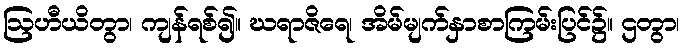
ဩဟီယိတွာ၊ ကျန်ရစ်၍။ ဃရာဇိရေ၊ အိမ်မျက်နှာစာကြမ်းပြင်၌။ ဌတွာ၊